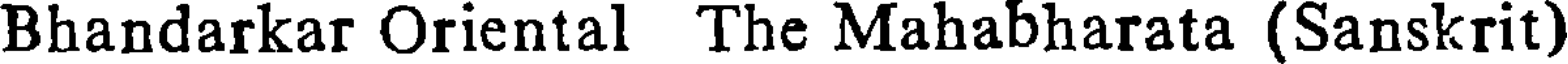
Bhandarkar Oriental The Mahabharata (Sanskrit)